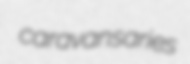
caravansaries